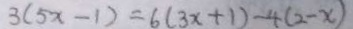
3 ( 5 x - 1 ) = 6 ( 3 x + 1 ) - 4 ( 2 - x )